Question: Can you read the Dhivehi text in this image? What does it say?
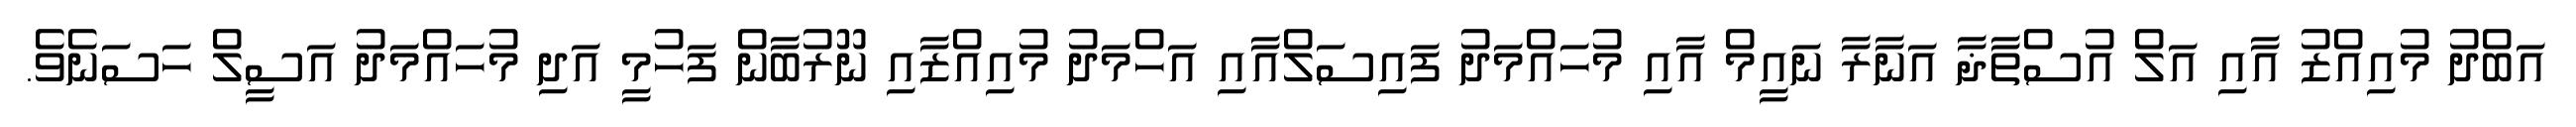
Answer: އަބްދު މުއިއްޒު އާއި އަލް އުސްތާޛާ އަނާރާ ނައީމް އާއި މުހައްމަދު ފައިސަލްއާއި އަހްމަދު މުއިއްޒާއި ނޫރުބާން ފަހުމީ އަދި މުހައްމަދު އަސީލް ހަސަނެވެ.